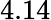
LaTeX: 4.14